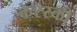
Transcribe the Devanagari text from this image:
केरेंस्की